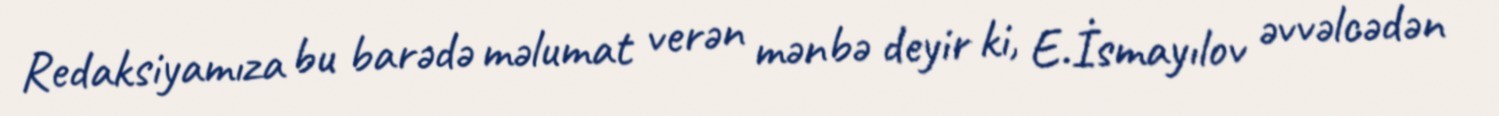
Redaksiyamıza bu barədə məlumat verən mənbə deyir ki, E.İsmayılov əvvəlcədən